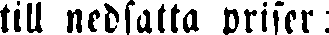
till nedsatta priser: